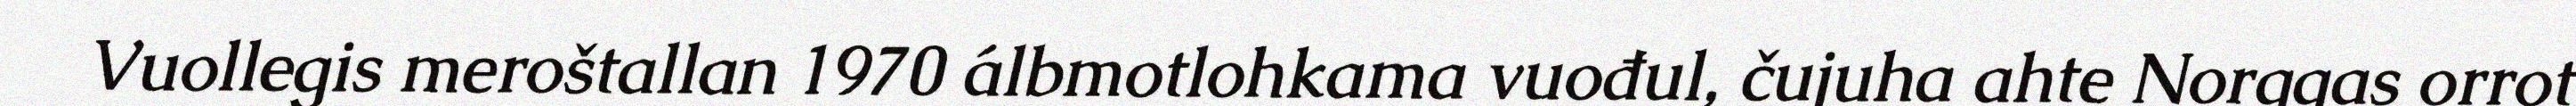
Vuollegis meroštallan 1970 álbmotlohkama vuođul, čujuha ahte Norggas orrot